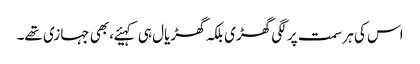
اس کی ہر سمت پر لگی گھڑی بلکہ گھڑیال ہی کہیئے، بھی جہازی تھے۔